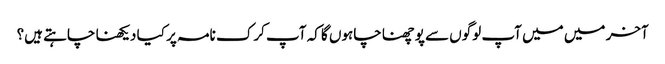
آخر میں میں آپ لوگوں سے پوچھنا چاہوں گا کہ آپ کرک نامہ پر کیا دیکھنا چاہتے ہیں؟